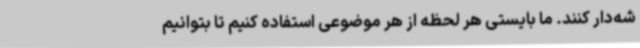
شه‌دار کنند. ما بایستی هر لحظه از هر موضوعی استفاده کنیم تا بتوانیم